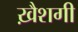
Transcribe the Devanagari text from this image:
ख़ैशगी